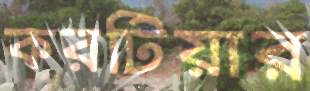
করটিয়ার